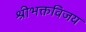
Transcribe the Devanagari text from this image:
श्रीभक्तविजय